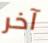
آخر